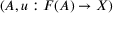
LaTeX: ( A , u : F ( A ) \to X )